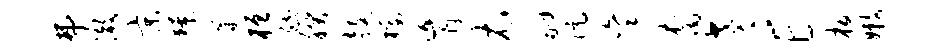
弗澈京獠媾桓纳朕鼓檬肓衣翮伉秉裔老E板嫩